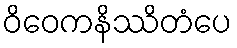
ဝိဝေကနိဿိတံပေ